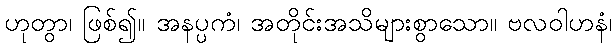
ဟုတွာ၊ ဖြစ်၍။ အနပ္ပကံ၊ အတိုင်းအသိများစွာသော။ ဗလဝါဟနံ၊